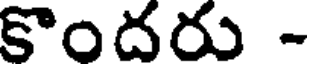
కొందరు -